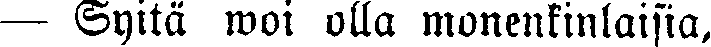
— Syitä woi olla monenkinlaisia,